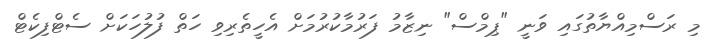
މި ރަސްމިއްޔާތުގައި ވަނީ "ޕިމްސް" ނިޒާމު ފަރުމާކުރުމަށް އެހީތެރިވި ހަތް ފުލުހަކަށް ސެޓްފިކެޓް